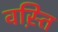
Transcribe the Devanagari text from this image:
वस़्ति